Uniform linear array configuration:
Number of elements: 8
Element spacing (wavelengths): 0.5
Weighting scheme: exponential
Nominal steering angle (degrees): -60
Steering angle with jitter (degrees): -61.67
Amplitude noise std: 0.05
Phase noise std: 0.05

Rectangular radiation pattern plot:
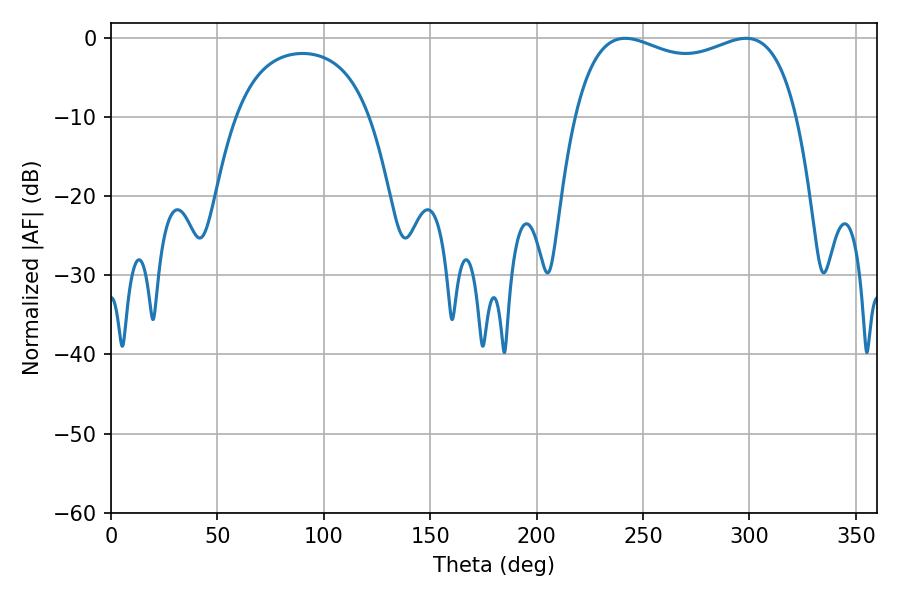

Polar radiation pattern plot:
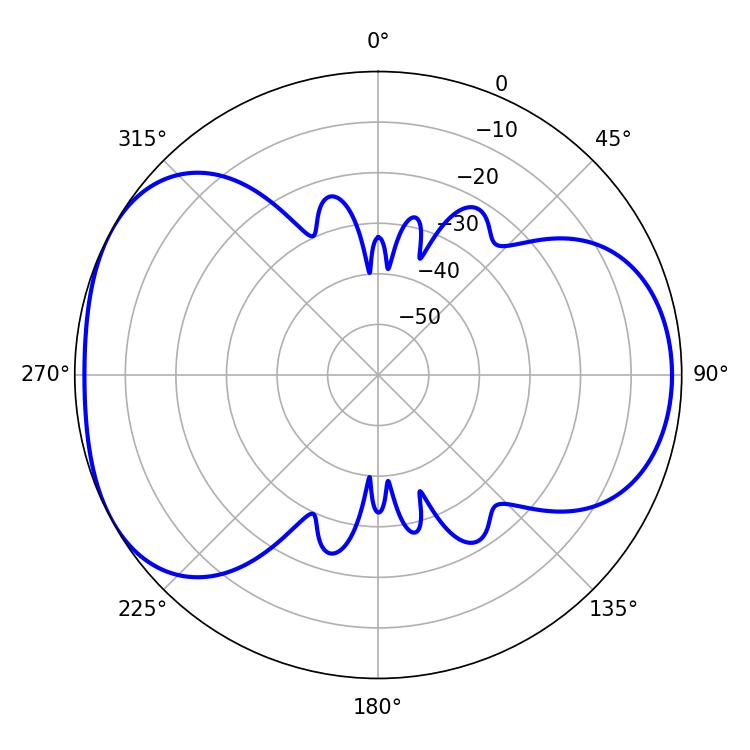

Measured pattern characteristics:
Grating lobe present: FALSE
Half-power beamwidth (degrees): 86.04
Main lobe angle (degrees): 241.56